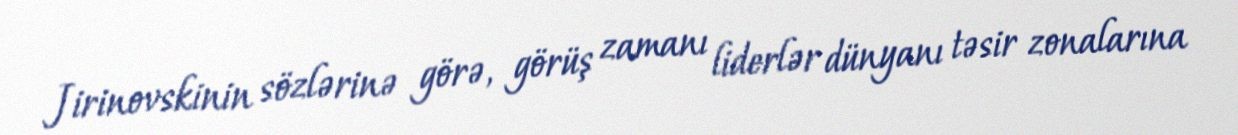
Jirinovskinin sözlərinə görə, görüş zamanı liderlər dünyanı təsir zonalarına